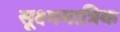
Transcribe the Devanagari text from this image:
सूक्ष्ममात्रिक